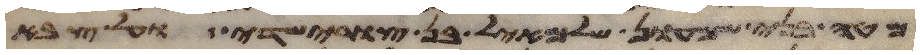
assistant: מטה בני שמעון שלמיאל בן צורישדי ועל צבא